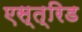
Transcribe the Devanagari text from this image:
एस्त्रिड